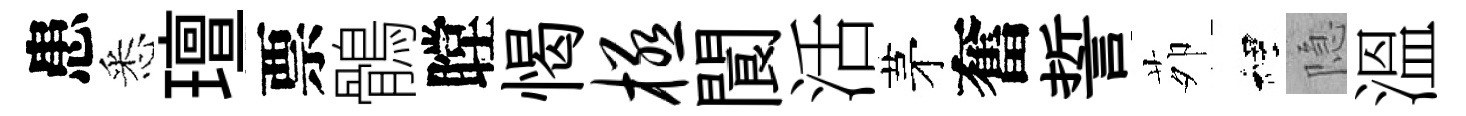
患悉璮票鶻瞠愒极閬活茅奮誓茆裡隐溫